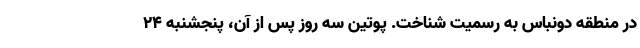
در منطقه دونباس به رسمیت شناخت. پوتین سه روز پس از آن، پنجشنبه ۲۴